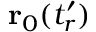
\mathbf { r } _ { 0 } ( t _ { r } ^ { \prime } )